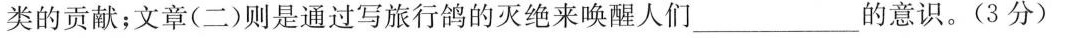
类的贡献；文章(二)则是通过写旅行鸽的灭绝来唤醒人们\underline的意识。（3分）